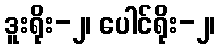
ဒူးရိုး-၂၊ ပေါင်ရိုး-၂၊